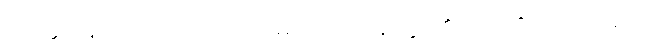
အတ္တုပနာယိတံတိ၊ ကား။ မယိ၊ ၌။ အတ္ထိ၊ ၏။ ဣတိ၊ သို့။ သမုဒါ